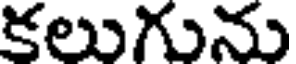
కలుగును